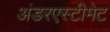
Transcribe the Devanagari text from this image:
अंडरएस्टीमेट